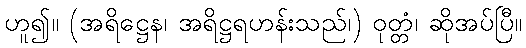
ဟူ၍။ (အရိဋ္ဌေန၊ အရိဋ္ဌရဟန်းသည်၊) ဝုတ္တံ၊ ဆိုအပ်ပြီ။